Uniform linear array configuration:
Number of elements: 4
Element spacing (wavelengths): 0.25
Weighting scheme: cosine
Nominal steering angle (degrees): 60
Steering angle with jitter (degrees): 61.154
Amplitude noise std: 0.05
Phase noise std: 0.05

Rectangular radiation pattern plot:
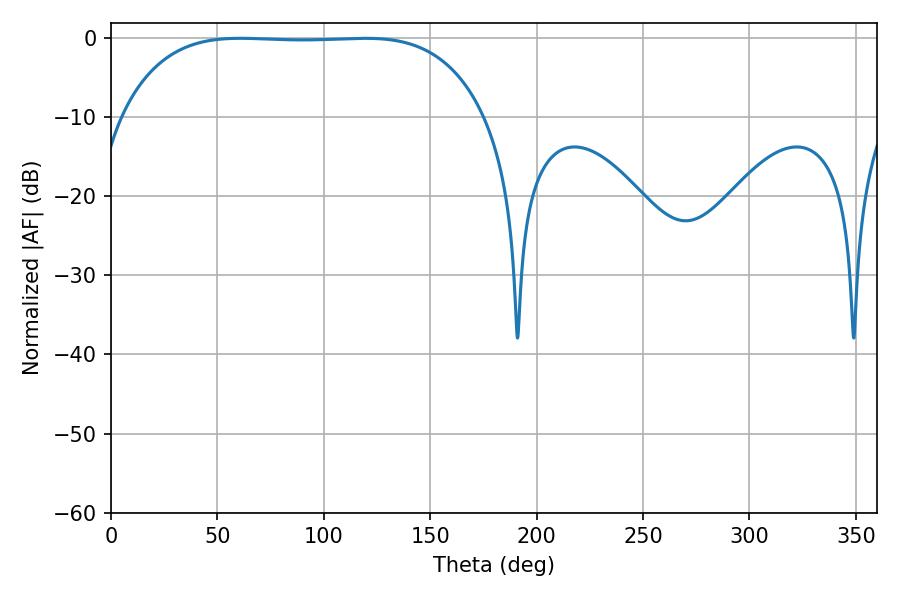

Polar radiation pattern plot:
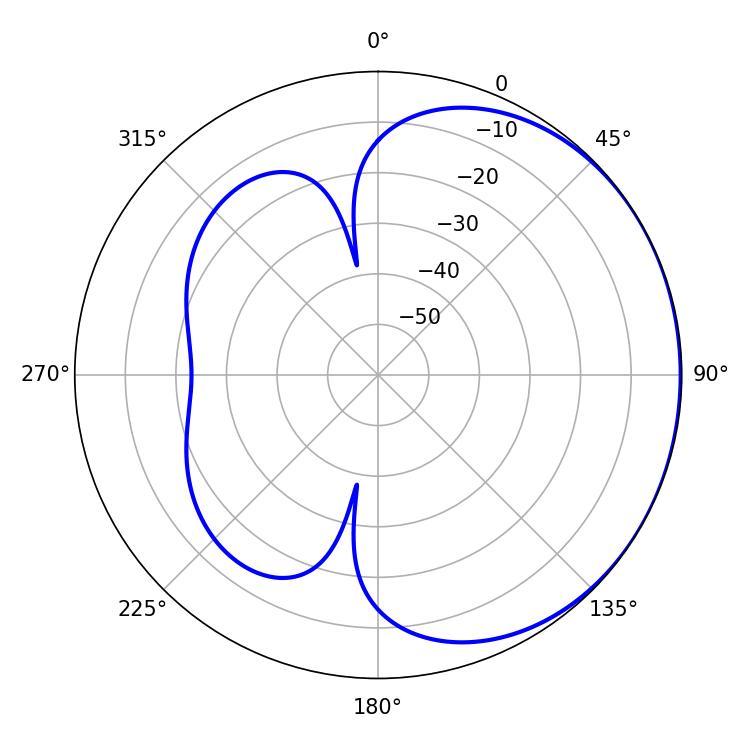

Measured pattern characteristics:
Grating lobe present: FALSE
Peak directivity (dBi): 0.6772
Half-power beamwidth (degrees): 132.84
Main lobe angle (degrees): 60.84